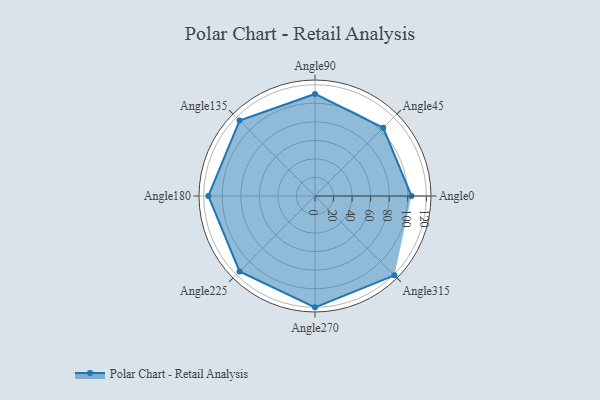
{"axis": {"x": "Angle", "y": "Radius"}, "legend": [""], "data": [{"x": "Angle0", "y": 104.0, "type": ""}, {"x": "Angle45", "y": 104.0, "type": ""}, {"x": "Angle90", "y": 110.0, "type": ""}, {"x": "Angle135", "y": 115.0, "type": ""}, {"x": "Angle180", "y": 115.0, "type": ""}, {"x": "Angle225", "y": 115.0, "type": ""}, {"x": "Angle270", "y": 120.0, "type": ""}, {"x": "Angle315", "y": 121.0, "type": ""}]}